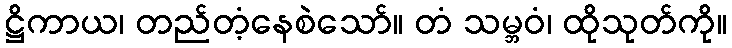
ဋ္ဌိကာယ၊ တည်တံ့နေစဲသော်။ တံ သမ္ဘဝံ၊ ထိုသုတ်ကို။